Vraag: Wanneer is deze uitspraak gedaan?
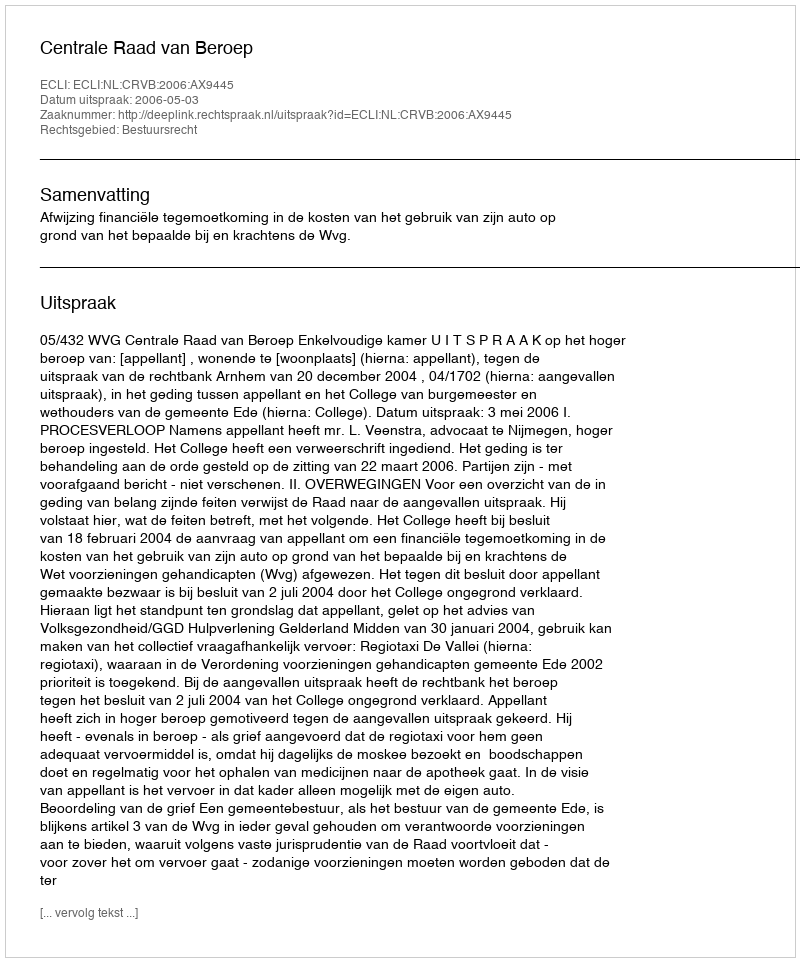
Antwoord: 2006-05-03